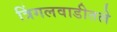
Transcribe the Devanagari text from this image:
त्रिंगलवाडीतले